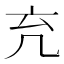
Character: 𠘺